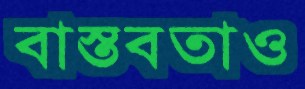
বাস্তবতাও